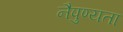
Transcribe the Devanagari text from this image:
नैपुण्यता